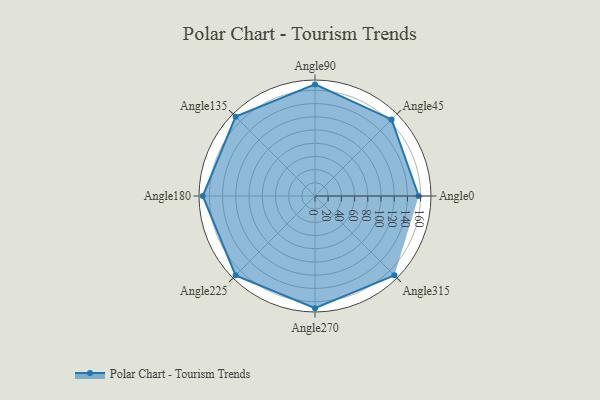
{"axis": {"x": "Angle", "y": "Radius"}, "legend": [""], "data": [{"x": "Angle0", "y": 157.0, "type": ""}, {"x": "Angle45", "y": 164.0, "type": ""}, {"x": "Angle90", "y": 169.0, "type": ""}, {"x": "Angle135", "y": 170.0, "type": ""}, {"x": "Angle180", "y": 170, "type": ""}, {"x": "Angle225", "y": 170, "type": ""}, {"x": "Angle270", "y": 170, "type": ""}, {"x": "Angle315", "y": 170, "type": ""}]}